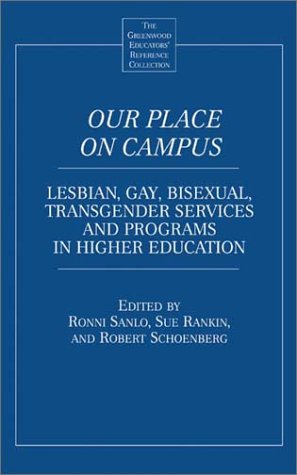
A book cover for Our Place on Campus: Lesbian, Gay, Bisexual, Transgender Services and Programs in Higher Education (The Greenwood Educators' Reference Collection); Gay & Lesbian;